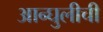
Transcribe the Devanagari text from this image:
आन्घुलीची